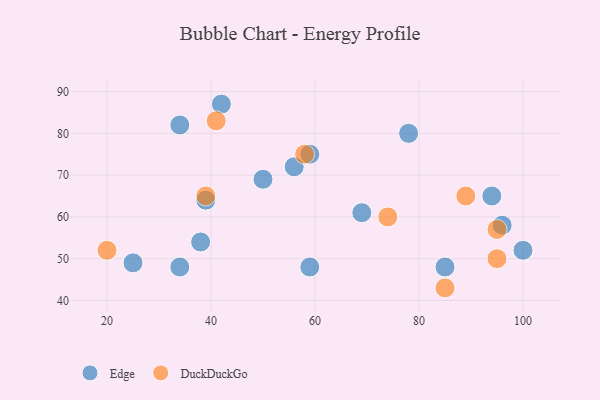
{"axis": {"x": "GDP", "y": "Life Expectancy"}, "legend": ["DuckDuckGo", "Edge"], "data": [{"x": "100", "y": 52, "type": "Edge"}, {"x": "59", "y": 75, "type": "Edge"}, {"x": "78", "y": 80, "type": "Edge"}, {"x": "38", "y": 54, "type": "Edge"}, {"x": "34", "y": 48, "type": "Edge"}, {"x": "56", "y": 72, "type": "Edge"}, {"x": "59", "y": 48, "type": "Edge"}, {"x": "34", "y": 82, "type": "Edge"}, {"x": "25", "y": 49, "type": "Edge"}, {"x": "96", "y": 58, "type": "Edge"}, {"x": "50", "y": 69, "type": "Edge"}, {"x": "42", "y": 87, "type": "Edge"}, {"x": "94", "y": 65, "type": "Edge"}, {"x": "39", "y": 64, "type": "Edge"}, {"x": "85", "y": 48, "type": "Edge"}, {"x": "69", "y": 61, "type": "Edge"}, {"x": "95", "y": 57, "type": "DuckDuckGo"}, {"x": "58", "y": 75, "type": "DuckDuckGo"}, {"x": "85", "y": 43, "type": "DuckDuckGo"}, {"x": "41", "y": 83, "type": "DuckDuckGo"}, {"x": "20", "y": 52, "type": "DuckDuckGo"}, {"x": "95", "y": 50, "type": "DuckDuckGo"}, {"x": "89", "y": 65, "type": "DuckDuckGo"}, {"x": "74", "y": 60, "type": "DuckDuckGo"}, {"x": "39", "y": 65, "type": "DuckDuckGo"}]}